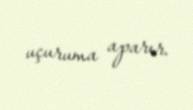
uçuruma aparır.